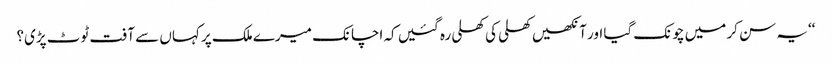
‘‘یہ سن کر میں چونک گیا اور آنکھیں کھلی کی کھلی رہ گئیں کہ اچانک میرے ملک پر کہاں سے آفت ٹوٹ پڑی؟